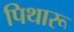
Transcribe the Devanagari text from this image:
पिथारू